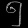
Digit: ၅